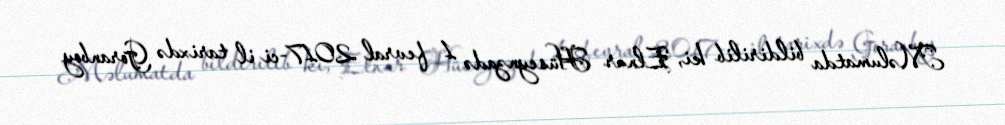
Məlumatda bildirilib ki, Elnur Hüseynzadə 1 fevral 2017-ci il tarixdə Goranboy